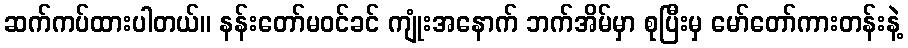
ဆက်ကပ်ထားပါတယ်။ နန်းတော်မဝင်ခင် ကျုံးအနောက် ဘက်အိမ်မှာ စုပြီးမှ မော်တော်ကားတန်းနဲ့